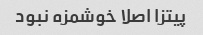
پیتزا اصلا خوشمزه نبود